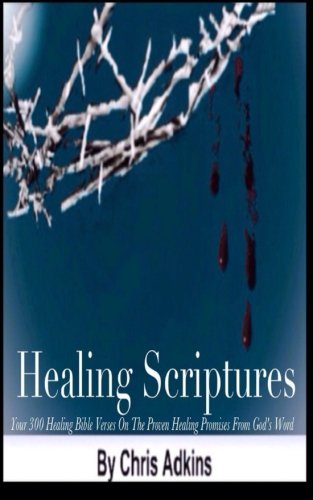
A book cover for Healing Scriptures: 300 Healing Bible Verses On The Proven Healing Promises From God's Word; Chris Adkins; Christian Books & Bibles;